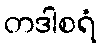
တဒါစရံ